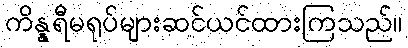
ကိန္နရီမရုပ်များဆင်ယင်ထားကြသည်။